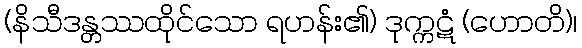
(နိသီဒန္တဿထိုင်သော ရဟန်း၏) ဒုက္ကဋံ (ဟောတိ)၊